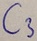
Text: C3